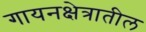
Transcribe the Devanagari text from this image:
गायनक्षेत्रातील